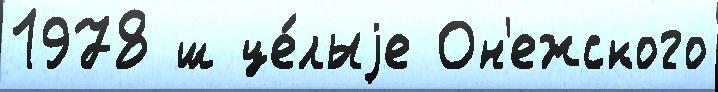
1978 ш це́лыjе Он'ежского